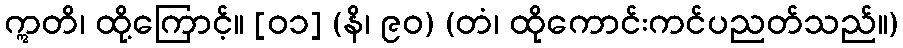
ဣတိ၊ ထို့ကြောင့်။ [၀၁] (နိ၊ ၉၀) (တံ၊ ထိုကောင်းကင်ပညတ်သည်။)